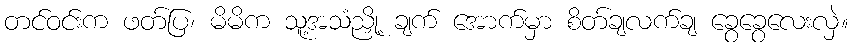
တင်ဝင်းက ဖတ်ပြ၊ မိမိက သူ့အသံညှို့ ချက် အောက်မှာ စိတ်ချလက်ချ ခွေခွေလေးလှဲ။